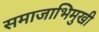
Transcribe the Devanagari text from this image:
समाजाभिमुखी